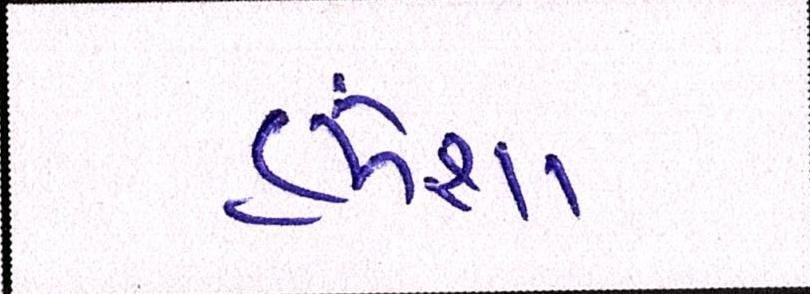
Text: હંમેશા